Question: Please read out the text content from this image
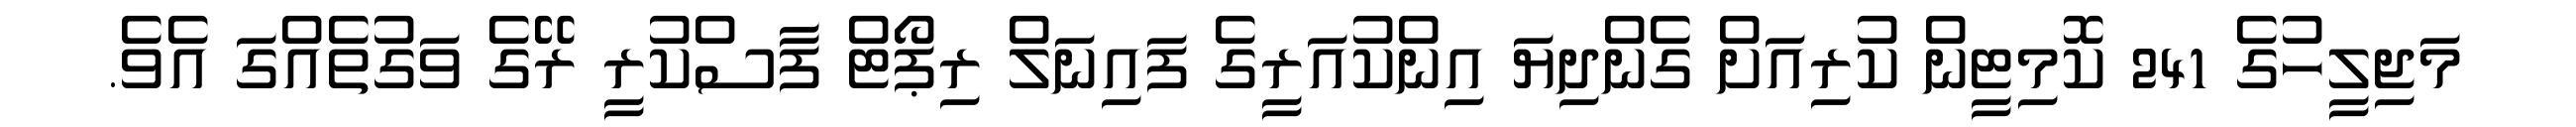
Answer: މަޖިލީހުގެ 241 ކޮމިޓީން ކުރިއަށް ގެންދިޔަ އިންކުއަރީގެ ފައިނަލް ރިޕޯޓް ފާސްކުރީ ރޭގެ ވަގުތެއްގަ އެވެ.